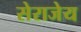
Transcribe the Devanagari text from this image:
सेराजेय